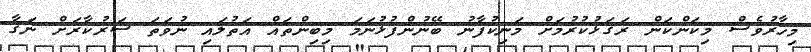
މިހާރުވެސް މިކަންކަން ރަގަޅުކުރުމަށް މަނިކުފާނު ބޭނުންފުޅުނަމަ މިބިންތައް އަތުލައި ނުވަތަ ސަރުކާރަށް ނަގާ